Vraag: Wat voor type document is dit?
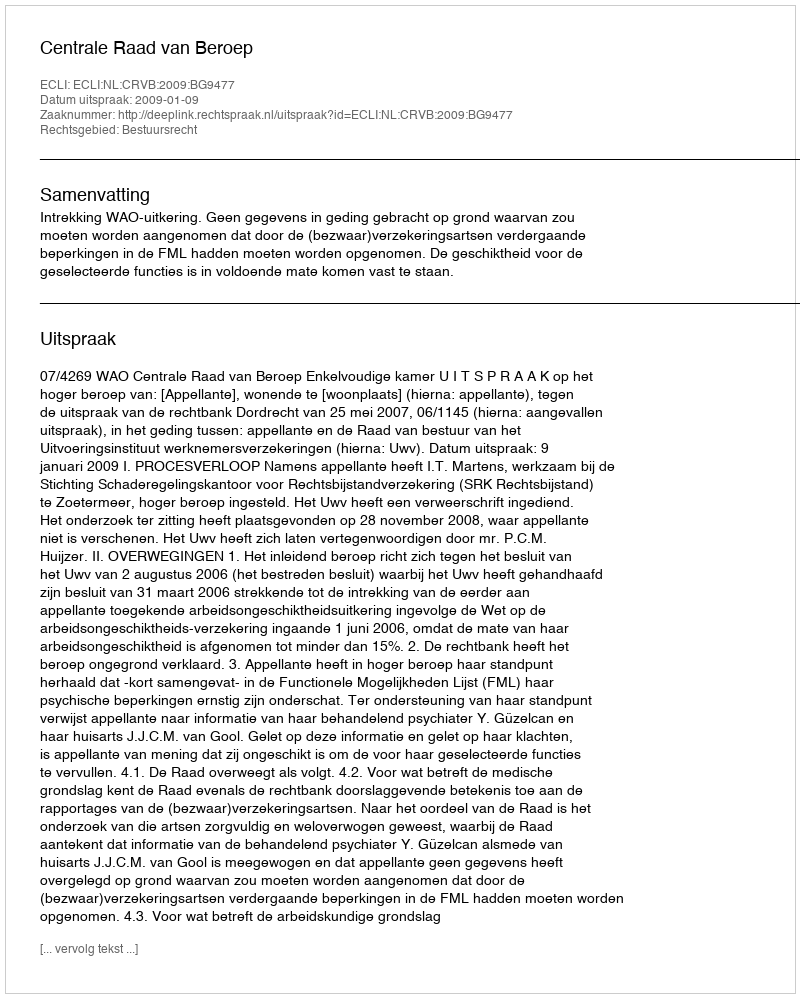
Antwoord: Uitspraak